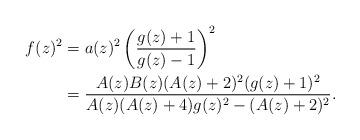
LaTeX: \begin{align*}f(z)^2&=a(z)^2\left(\frac{g(z)+1}{g(z)-1}\right)^2\\&=\frac{A(z)B(z)(A(z)+2)^2(g(z)+1)^2}{A(z)(A(z)+4)g(z)^2-(A(z)+2)^2}.\end{align*}